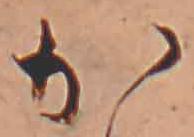
か